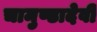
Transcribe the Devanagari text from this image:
चामुण्डादेवी